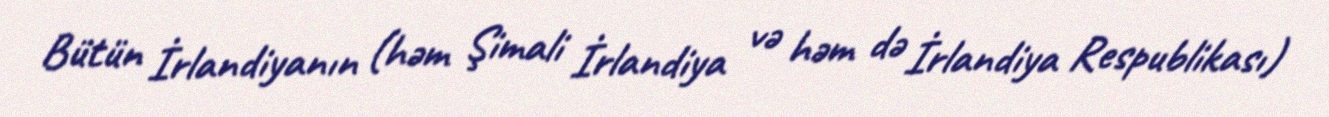
Bütün İrlandiyanın (həm Şimali İrlandiya və həm də İrlandiya Respublikası)